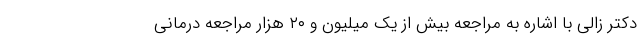
دکتر زالی با اشاره به مراجعه بیش از یک میلیون و ۲۰ هزار مراجعه درمانی